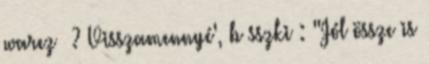
warez ? Visszamennyé', b sszki : "Jól össze is